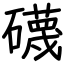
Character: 礣